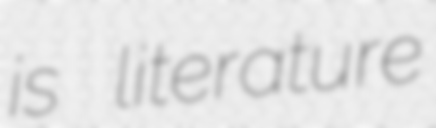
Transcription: is literature